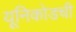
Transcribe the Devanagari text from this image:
यूनिकोडची